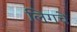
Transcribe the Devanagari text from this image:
लिगचे